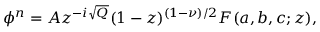
\phi ^ { n } = A z ^ { - i \sqrt { Q } } ( 1 - z ) ^ { ( 1 - \nu ) / 2 } F ( a , b , c ; z ) ,